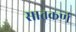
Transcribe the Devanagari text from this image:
सातकर्ण